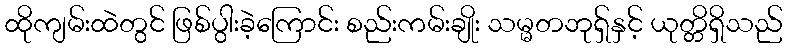
ထိုကျမ်းထဲတွင် ဖြစ်ပွါးခဲ့ကြောင်း စည်းကမ်းချိုး သမ္မတဘုရှ်နှင့် ယုတ္တိရှိသည်